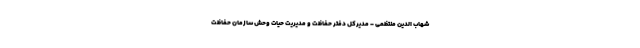
شهاب ‌الدین منتظمی - مدیرکل دفتر حفاظت و مدیریت حیات وحش سازمان حفاظت